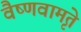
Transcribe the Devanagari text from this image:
वैष्णवामृते